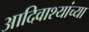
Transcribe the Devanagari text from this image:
आदिवाश्यांच्या